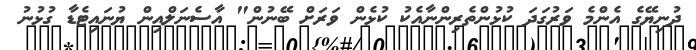
ދުނިޔޭގެ އެންމެ ވަރުގަދަ ކުޅުންތެރިންނާއެކު ކުޅެން ވަރަށް ބޭނުން" އާސެނަލްއިން ޔުނައިޓެޑާ ގުޅުނު